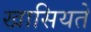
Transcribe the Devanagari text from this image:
खासियते